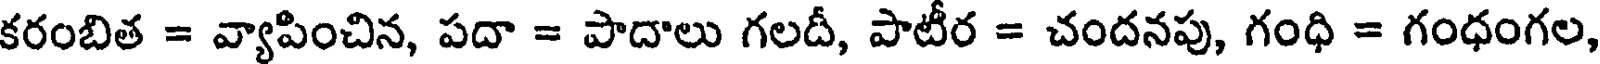
కరంబిత = వ్యాపించిన, పదా = పాదాలు గలదీ, పాటీర = చందనపు, గంధి = గంధంగల,